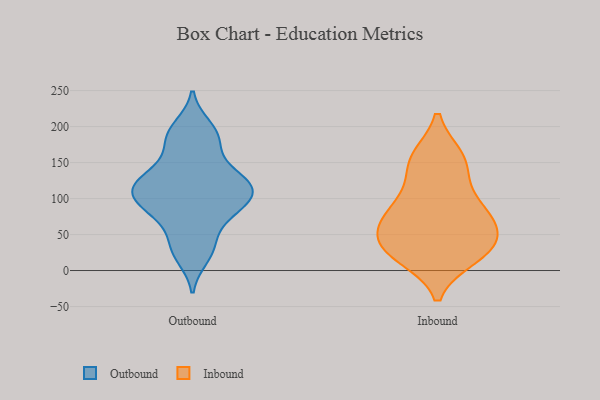
{"axis": {"x": "Energy Usage (MWh)", "y": "Value"}, "legend": ["Inbound", "Outbound"], "data": [{"x": "", "y": 113, "type": "Outbound"}, {"x": "", "y": 192, "type": "Outbound"}, {"x": "", "y": 31, "type": "Outbound"}, {"x": "", "y": 18, "type": "Outbound"}, {"x": "", "y": 127, "type": "Outbound"}, {"x": "", "y": 79, "type": "Outbound"}, {"x": "", "y": 107, "type": "Outbound"}, {"x": "", "y": 172, "type": "Outbound"}, {"x": "", "y": 136, "type": "Outbound"}, {"x": "", "y": 75, "type": "Outbound"}, {"x": "", "y": 104, "type": "Outbound"}, {"x": "", "y": 100, "type": "Outbound"}, {"x": "", "y": 200, "type": "Outbound"}, {"x": "", "y": 123, "type": "Outbound"}, {"x": "", "y": 107, "type": "Outbound"}, {"x": "", "y": 134, "type": "Outbound"}, {"x": "", "y": 178, "type": "Outbound"}, {"x": "", "y": 82, "type": "Outbound"}, {"x": "", "y": 40, "type": "Outbound"}, {"x": "", "y": 75, "type": "Inbound"}, {"x": "", "y": 75, "type": "Inbound"}, {"x": "", "y": 94, "type": "Inbound"}, {"x": "", "y": 34, "type": "Inbound"}, {"x": "", "y": 40, "type": "Inbound"}, {"x": "", "y": 120, "type": "Inbound"}, {"x": "", "y": 23, "type": "Inbound"}, {"x": "", "y": 26, "type": "Inbound"}, {"x": "", "y": 74, "type": "Inbound"}, {"x": "", "y": 19, "type": "Inbound"}, {"x": "", "y": 156, "type": "Inbound"}, {"x": "", "y": 68, "type": "Inbound"}, {"x": "", "y": 151, "type": "Inbound"}, {"x": "", "y": 157, "type": "Inbound"}, {"x": "", "y": 41, "type": "Inbound"}]}